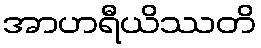
အာဟရီယိဿတိ